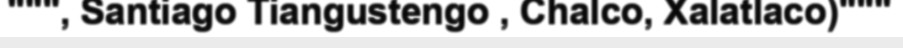
""", Santiago Tiangustengo , Chalco, Xalatlaco)"""